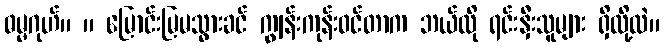
ဓမ္မဂုဟ်။ ။ မြောင်းမြမသွားခင် ကျွန်းကုန်းဝင်တာက ဘယ်လို ရင်းနှီးသူများ ရှိလို့လဲ။